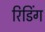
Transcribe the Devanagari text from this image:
रिडिंग